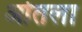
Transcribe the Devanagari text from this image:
ओतला